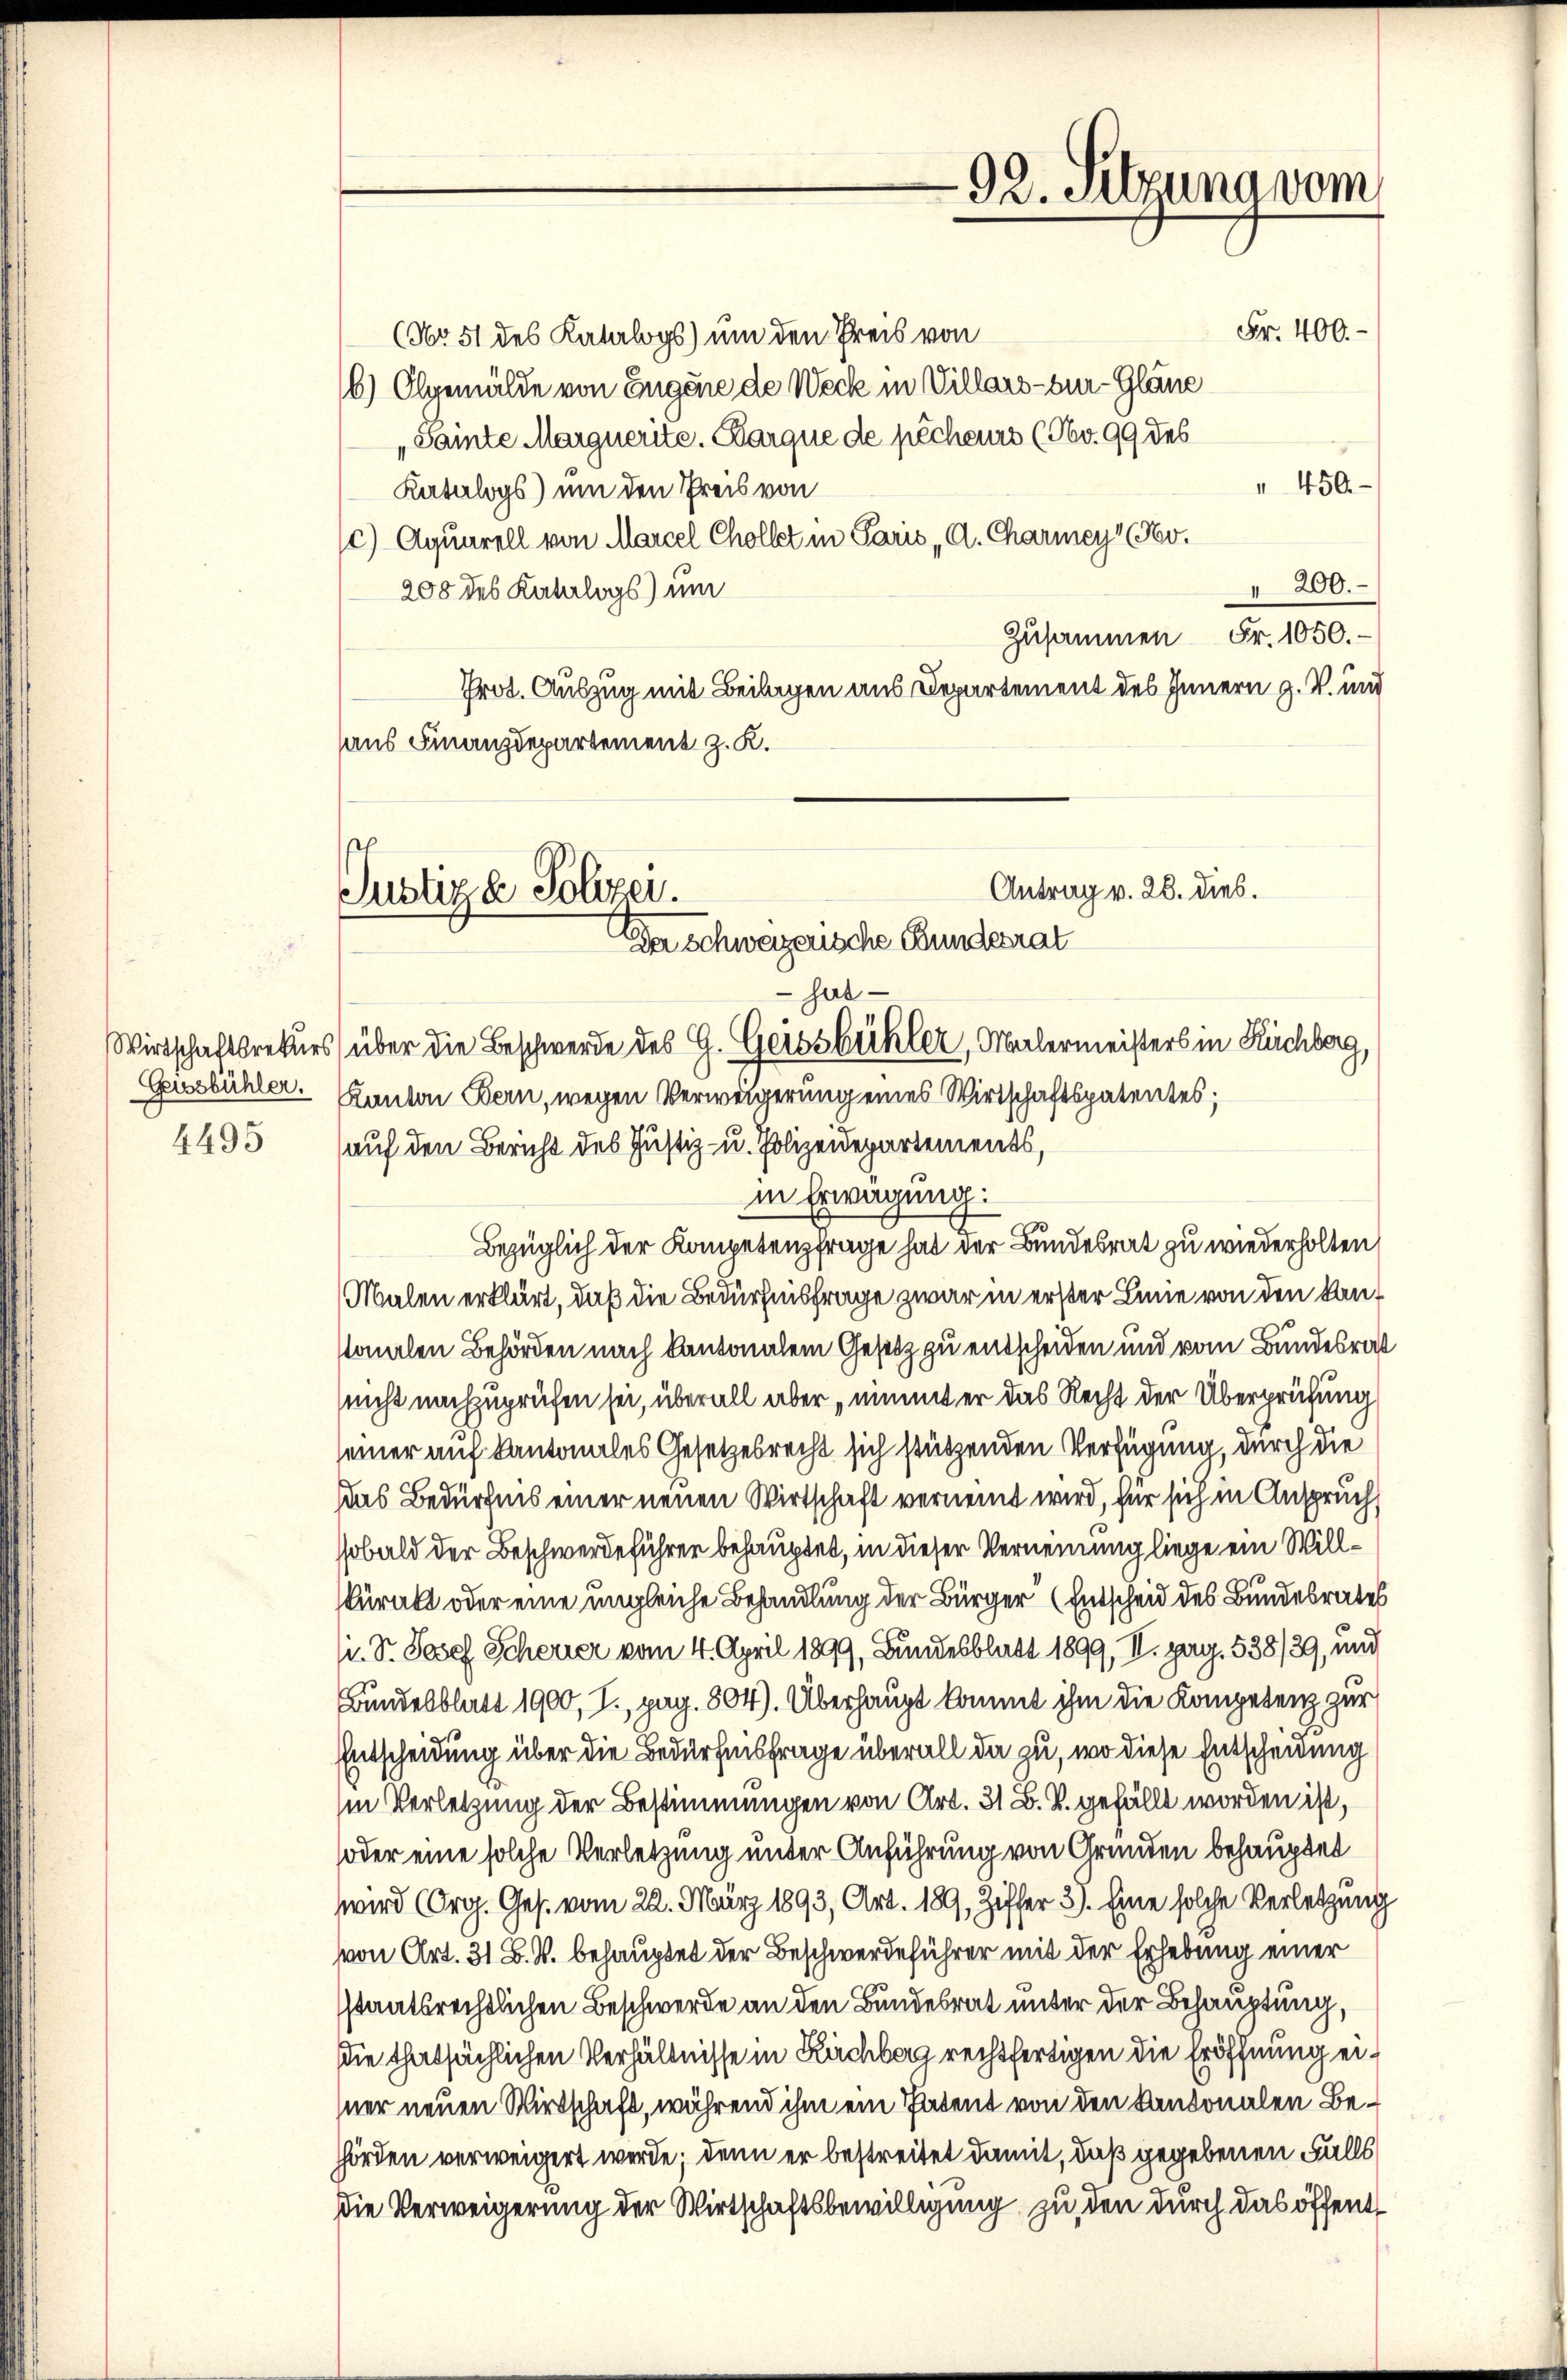
Wirtschaftsrekurs
Gassbühler.
4495

(No 51 des Katalogs) um den Preis von
6) Olgemälde von Eugene de Weck in Villars - bur-Gläne
Samte Marguerite. Parque de pécheurs (Nr. 99 des
" 450
Katalogs) um den Preis von
c) Aquarell von Marcel Chollet in Paris A. Charmey (Nov.
 200.
208 des Katalogs) um
Zusammen Fr. 1050.
Prot. Auszug mit Beilagen aus Departement des Innern g. T. und
aus Finanzdepartement z. K.

Antrag v. 28. dies.
Justiz & Polizer.
Der Schweizerische Bundesrat

Kanton Bern, wegen Verweigerung eines Wirtschaftspatentes;
auf den Bericht des Justiz- u. Polizeidepartements,
in Erwägung:
Bezüglich der Kompetenzfrage hat der Bundesrat zu wiederholten,
Malen erklärt, daß die Bedürfnisfrage zwar in erster Linie von den Kansonalen Behörden nach Kantonalem Gesetz zu entscheiden und vom Bundesrat
(nicht nachzuprüfen sei, überall aber nimmt er das Recht der Überprüfung
seiner auf Kantonales Gesetzesrecht sich stützenden Verfügung, durch die
das Bedürfnis einer neuen Wirtschaft vernennt wird, für sich in Anspruch,
sobald der Beschwerdeführer behauptet, in dieser Verneinung liege ein Willkürakt oder eine ungleiche Behandlung der Bürger (Entscheid des Bundesrates
. Dr. Josef Scheurer vom 4. April 1899, Bundesblatt 1899, II. pag. 538/29, und
Bundesblatt 1900, I., pag. 804). Überhaupt kommt ihm die Kompetenz zur
Entscheidung über die Bedürfnisfrage überall da zu, wo diese Entscheidung
in Verletzung der Bestimmungen von Art. 31 B. V. gefällt worden ist,
soder eine solche Verletzung unter Anführung von Grunden behauptet
wird (Org. Ges. vom 22. März 1893, Art. 189, Ziffer 3). Eine solche Verletzung
von Art. 31 B. V. behauptet der Beschwerdeführer mit der Erhebung einer
sstaatsrechtlichen Beschwerde an den Bundesrat unter der Behauptung,
die thatsächlichen Verhältnisse in Ruchberg rechtfertigen die Eröffnung einer neuen Wirtschaft, während ihm ein Patent von den Kantonalen Behörden verweigert werde; denn er bestreitet damit, daß gegebenen Falls
Die Verweigerung der Wirtschaftsbewilligung zu den durch das öffent

hat
über die Beschwerde des G. Geiss bekler, Malermeisters in Ruchberg,

92. Selzung vom

Fr. 400.-